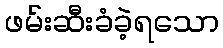
ဖမ်းဆီးခံခဲ့ရသော